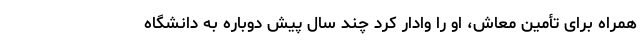
همراه برای تأمین معاش، او را وادار کرد چند سال پیش دوباره به دانشگاه